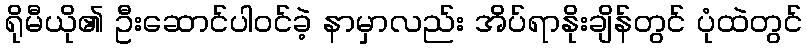
ရိုမီယို၏ ဦးဆောင်ပါဝင်ခဲ့ နာမှာလည်း အိပ်ရာနိုးချိန်တွင် ပုံထဲတွင်